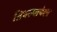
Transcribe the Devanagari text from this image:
तिथल्यापेक्षा